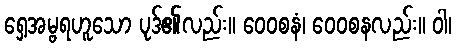
ရှေ့အမ္ဗရဟူသော ပုဒ်၏လည်း။ ဝေဝစနံ၊ ဝေဝစနလည်း။ ဝါ၊